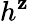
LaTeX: h^{\mathbf{z}}